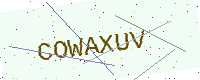
Text: COWAXUV